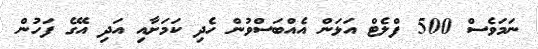
ނަމަވެސް 500 ފްލެޓް އަޅަން އެއްބަސްވުން ހެދި ކަމަށާއި އަދި އޭގެ ފަހުން